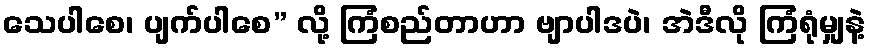
သေပါစေ၊ ပျက်ပါစေ” လို့ ကြံစည်တာဟာ ဗျာပါဒပဲ၊ အဲဒီလို ကြံရုံမျှနဲ့